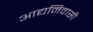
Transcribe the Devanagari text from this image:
आद्यनिवासी